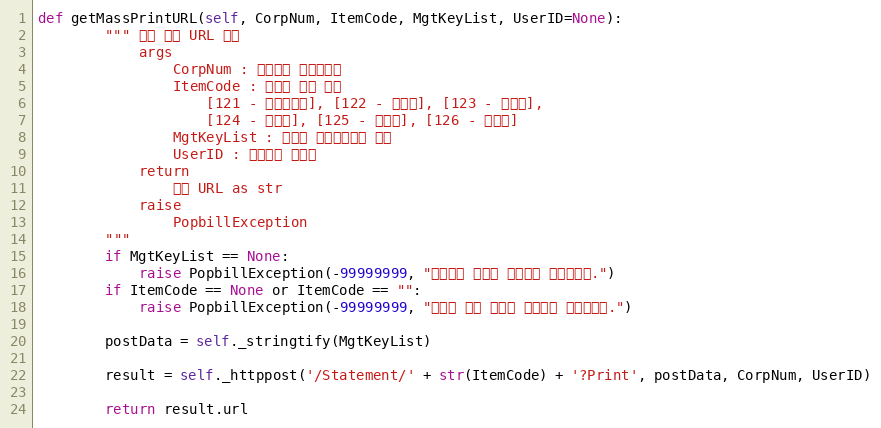
Language: Python
def getMassPrintURL(self, CorpNum, ItemCode, MgtKeyList, UserID=None):
        """ 다량 인쇄 URL 확인
            args
                CorpNum : 팝빌회원 사업자번호
                ItemCode : 명세서 종류 코드
                    [121 - 거래명세서], [122 - 청구서], [123 - 견적서],
                    [124 - 발주서], [125 - 입금표], [126 - 영수증]
                MgtKeyList : 파트너 문서관리번호 목록
                UserID : 팝빌회원 아이디
            return
                팝빌 URL as str
            raise
                PopbillException
        """
        if MgtKeyList == None:
            raise PopbillException(-99999999, "관리번호 배열이 입력되지 않았습니다.")
        if ItemCode == None or ItemCode == "":
            raise PopbillException(-99999999, "명세서 종류 코드가 입력되지 않았습니다.")

        postData = self._stringtify(MgtKeyList)

        result = self._httppost('/Statement/' + str(ItemCode) + '?Print', postData, CorpNum, UserID)

        return result.url